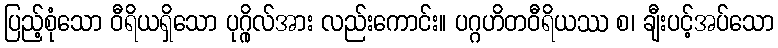
ပြည့်စုံသော ဝီရိယရှိသော ပုဂ္ဂိုလ်အား လည်းကောင်း။ ပဂ္ဂဟိတဝီရိယဿ စ၊ ချီးပင့်အပ်သော